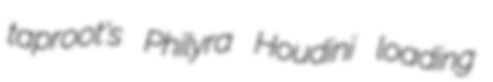
taproot's Philyra Houdini loading